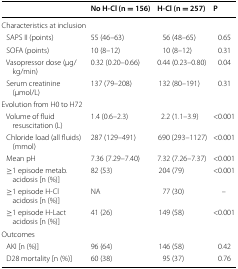
|  | No H-Cl (n = 156) | H-Cl (n = 257) | P |
 | --- | --- | --- | --- |
 | <COLSPAN=4> Characteristics at inclusion |
 | SAPS II (points) | 55 (46–63) | 56 (48–65) | 0.65 |
 | SOFA (points) | 10 (8–12) | 10 (8–12) | 0.31 |
 | Vasopressor dose (μg/kg/min) | 0.32 (0.20–0.66) | 0.44 (0.23–0.80) | 0.04 |
 | Serum creatinine (μmol/L) | 137 (79–208) | 132 (80–191) | 0.31 |
 | <COLSPAN=4> Evolution from H0 to H72 |
 | Volume of fluid resuscitation (L) | 1.4 (0.6–2.3) | 2.2 (1.1–3.9) | <0.001 |
 | Chloride load (all fluids) (mmol) | 287 (129–491) | 690 (293–1127) | <0.001 |
 | Mean pH | 7.36 (7.29–7.40) | 7.32 (7.26–7.37) | <0.001 |
 | ≥1 episode metab. acidosis [n (%)] | 82 (53) | 204 (79) | <0.001 |
 | ≥1 episode H-Cl acidosis [n (%)] | NA | 77 (30) | – |
 | ≥1 episode H-Lact acidosis [n (%)] | 41 (26) | 149 (58) | <0.001 |
 | Outcomes |  |  |  |
 | AKI [n (%)] | 96 (64) | 146 (58) | 0.42 |
 | D28 mortality [n (%)] | 60 (38) | 95 (37) | 0.76 |